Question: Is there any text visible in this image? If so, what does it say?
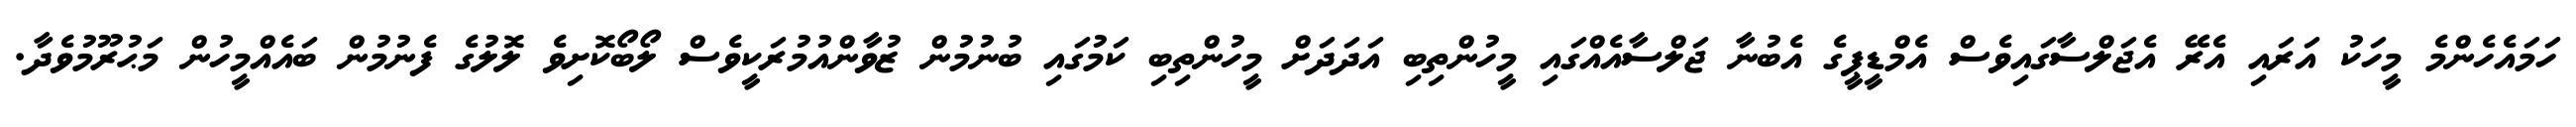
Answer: ހަމައެހެންމެ މީހަކު އަރައި އެރޭ އެޖަލްސާގައިވެސް އެމްޑީޕީގެ އެބުނާ ޖަލްސާއެއްގައި މީހުންތިބި އަދަދަށް މީހުންތިބި ކަމުގައި ބުނުމުން ޒުވާންއުމުރަކީވެސް ލޯބޯކޮށިވެ ލޮލުގެ ފެނުމުން ބައެއްމީހުން މަޙުރޫމުވެދާ.